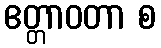
ဧတ္တာဝတာ စ